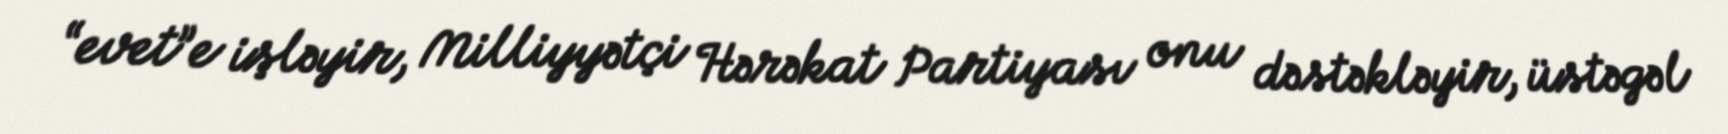
“evet”e işləyir, Milliyyətçi Hərəkat Partiyası onu dəstəkləyir, üstəgəl